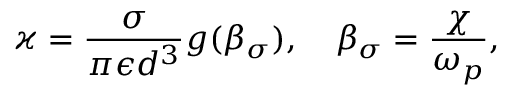
\varkappa = \frac { \sigma } { \pi \epsilon d ^ { 3 } } g ( \beta _ { \sigma } ) , \quad \beta _ { \sigma } = \frac { \chi } { \omega _ { p } } ,